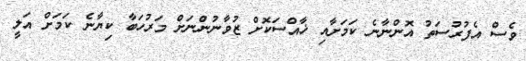
ވެސް އެފުރުސަތު އޮންނާނެ ކަމަށާއި ޚާއްސަކޮށް ޒުވާނުންނަށް މަރުހަބާ ކިޔާނެ ކަމަށް އަލީ